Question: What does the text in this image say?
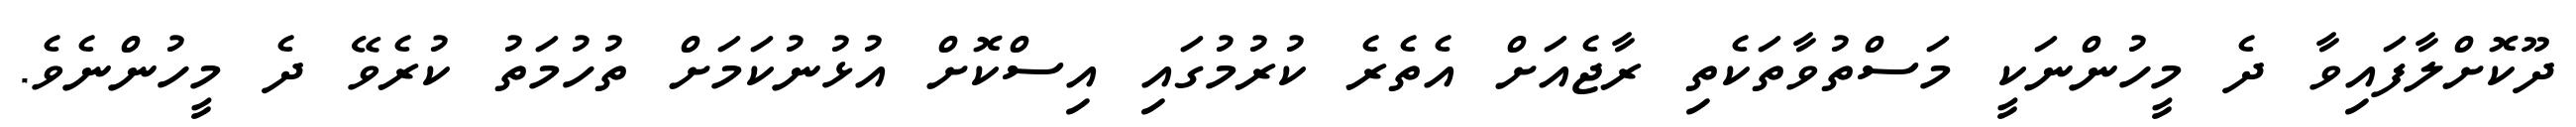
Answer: ދޫކޮށްލާފައިވާ ދެ މީހުންނަކީ މަސްތުވާތަކެތި ރާޖެއަށް އެތެރެ ކުރުމުގައި އިސްކޮށް އުޅުނުކަމަށް ތުހުމަތު ކުރެވޭ ދެ މީހުންނެވެ.